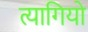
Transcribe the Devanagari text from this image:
त्‍यागियो